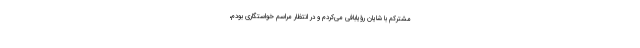
مشترکم با شایان رؤیابافی می‌کردم و در انتظار مراسم خواستگاری بودم،